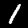
Digit: 1